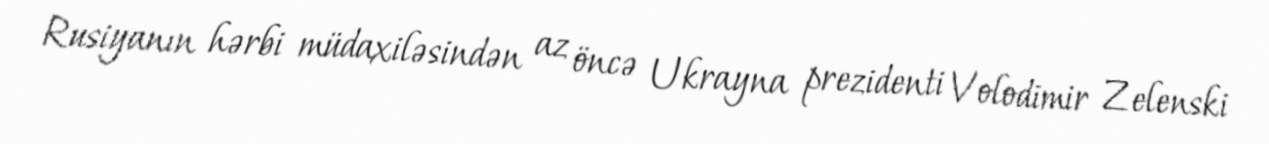
Rusiyanın hərbi müdaxiləsindən az öncə Ukrayna prezidenti Volodimir Zelenski